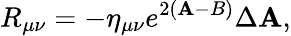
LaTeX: R_{\mu\nu}=-\eta_{\mu\nu}e^{2(\mathbf{A}-B)}\Delta\mathbf{A},